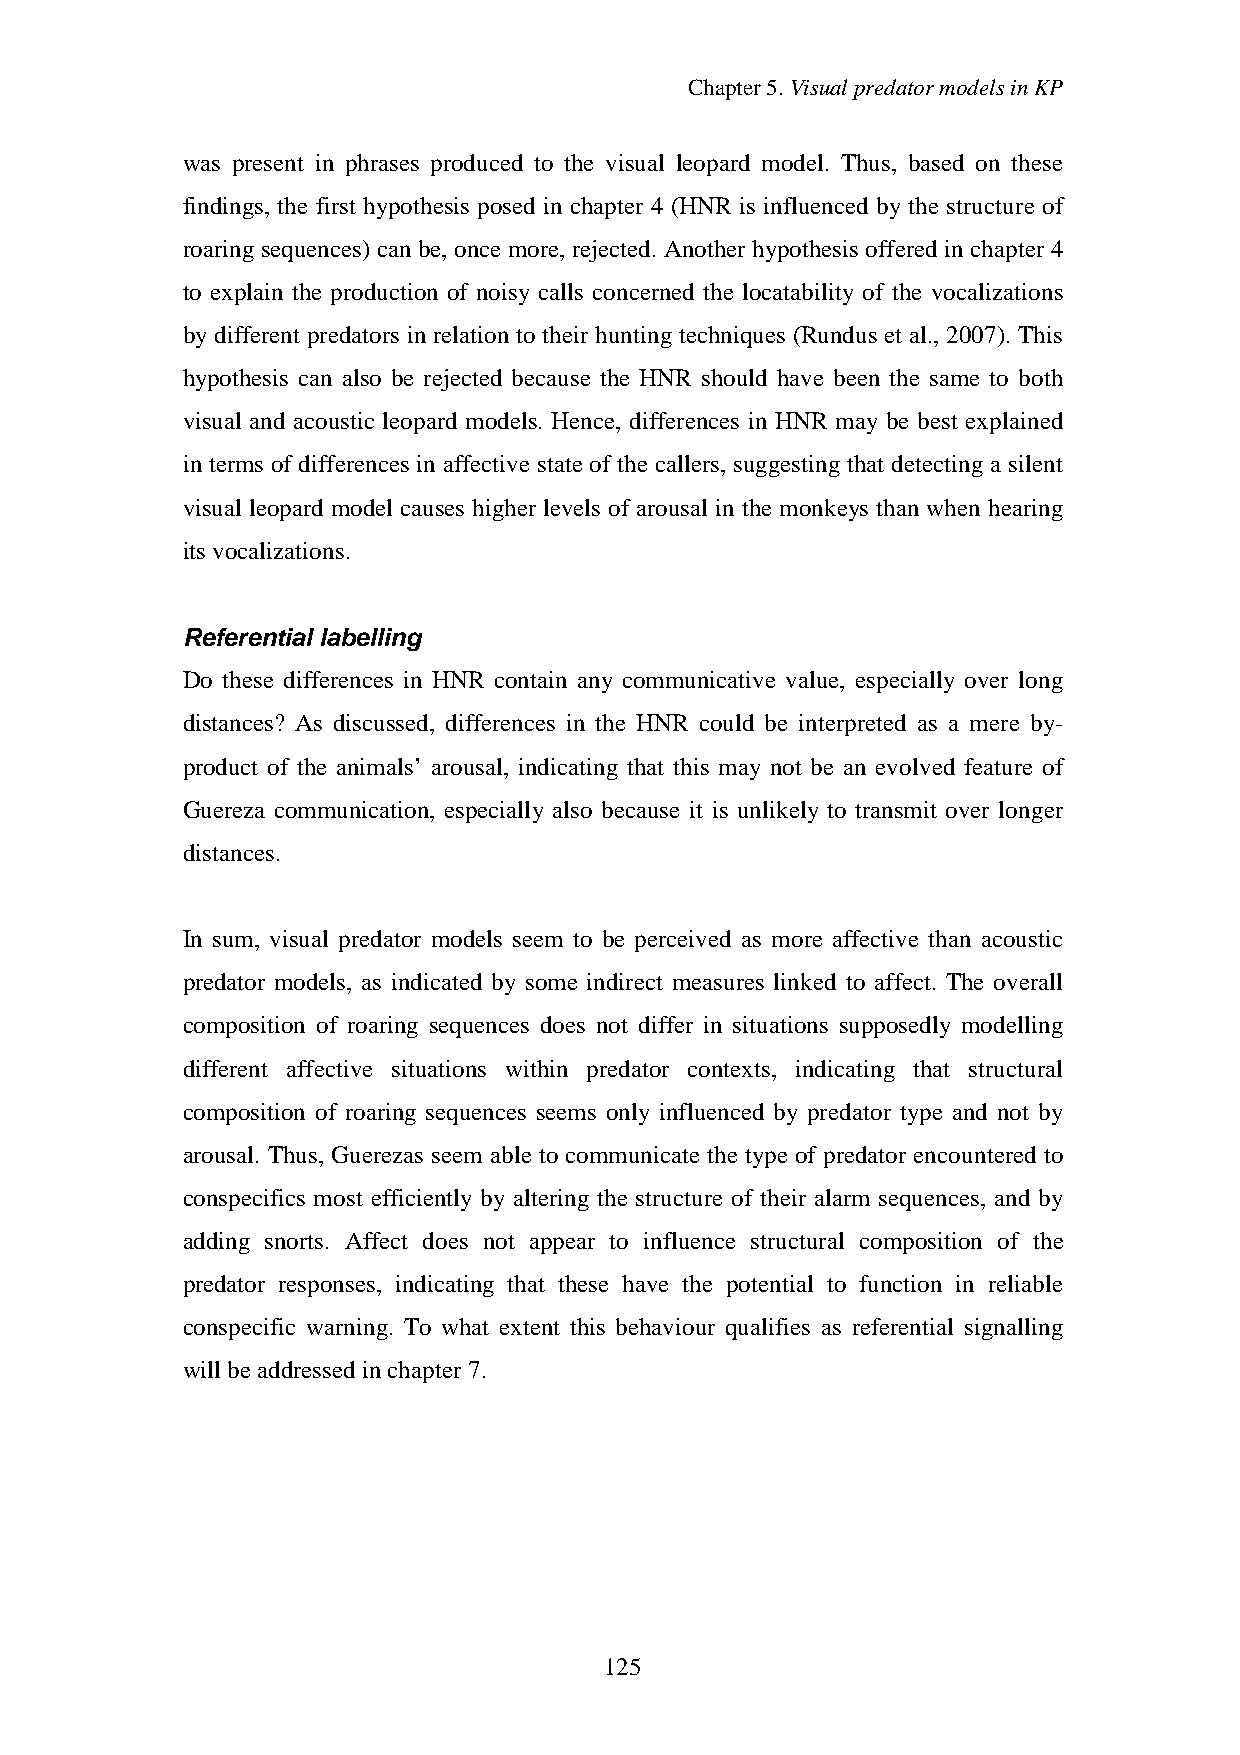
Chapter5.VisualpredatormodelsinKP
 was present in phrases produced to the visual leopard model. Thus, based on these
 findings, the first hypothesis posed in chapter 4 (HNR is influenced by the structure of
 roaringsequences) can be, once more, rejected. Another hypothesis offered in chapter 4
 to explain the production of noisy calls concerned the locatability of the vocalizations
 bydifferent predators in relation to their hunting techniques (Rundus et al., 2007). This
 hypothesis can also be rejected because the HNR should have been the same to both
 visual and acoustic leopard models. Hence, differences in HNR may be best explained
 in terms of differences in affective state of the callers, suggesting that detecting a silent
 visual leopard model causes higher levels of arousal in the monkeys than when hearing
 its vocalizations.
 Referential labelling
 Do these differences in HNR contain any communicative value, especially over long
 distances? As discussed, differences in the HNR could be interpreted as a mere by-
 product of the animals’ arousal, indicating that this may not be an evolved feature of
 Guereza communication, especially also because it is unlikely to transmit over longer
 distances.
 In sum, visual predator models seem to be perceived as more affective than acoustic
 predator models, as indicated by some indirect measures linked to affect. The overall
 composition of roaring sequences does not differ in situations supposedly modelling
 different affective situations within predator contexts, indicating that structural
 composition of roaring sequences seems only influenced by predator type and not by
 arousal. Thus, Guerezas seem able to communicate the type of predator encountered to
 conspecifics most efficiently by altering the structure of their alarm sequences, and by
 adding snorts. Affect does not appear to influence structural composition of the
 predator responses, indicating that these have the potential to function in reliable
 conspecific warning. To what extent this behaviour qualifies as referential signalling
 will beaddressedinchapter7.
 125